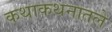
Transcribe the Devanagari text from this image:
कथाकथनातले